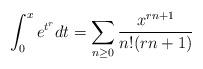
LaTeX: \begin{align*} \int_0^xe^{t^{r}}dt=\sum_{n\geq 0}\frac{x^{rn+1}}{n!(rn+1)} \end{align*}